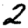
Digit: 2